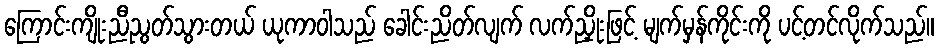
ကြောင်းကျိုးညီညွတ်သွားတယ် ယုကာဝါသည် ခေါင်းညိတ်လျက် လက်ညှိုးဖြင့် မျက်မှန်ကိုင်းကို ပင့်တင်လိုက်သည်။